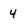
Character: 4